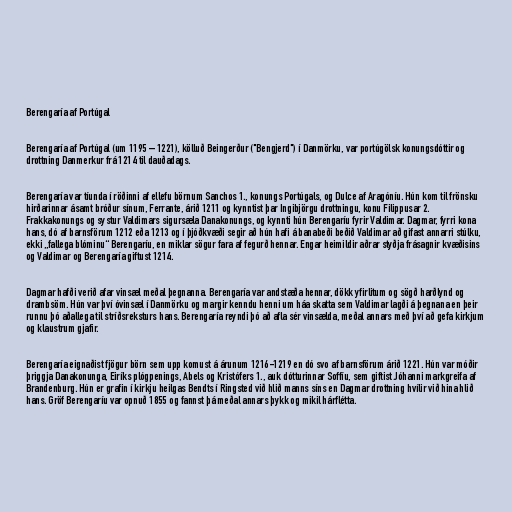
Berengaría af Portúgal

Berengaría af Portúgal (um 1195 – 1221), kölluð Beingerður ("Bengjerd") í Danmörku, var portúgölsk konungsdóttir og
drottning Danmerkur frá 1214 til dauðadags.

Berengaría var tíunda í röðinni af ellefu börnum Sanchos 1., konungs Portúgals, og Dulce af Aragóníu. Hún kom til frönsku
hirðarinnar ásamt bróður sínum, Ferrante, árið 1211 og kynntist þar Ingibjörgu drottningu, konu Filippusar 2.
Frakkakonungs og systur Valdimars sigursæla Danakonungs, og kynnti hún Berengaríu fyrir Valdimar. Dagmar, fyrri kona
hans, dó af barnsförum 1212 eða 1213 og í þjóðkvæði segir að hún hafi á banabeði beðið Valdimar að gifast annarri stúlku,
ekki „fallega blóminu“ Berengaríu, en miklar sögur fara af fegurð hennar. Engar heimildir aðrar styðja frásagnir kvæðisins
og Valdimar og Berengaría giftust 1214.

Dagmar hafði verið afar vinsæl meðal þegnanna. Berengaría var andstæða hennar, dökk yfirlitum og sögð harðlynd og
drambsöm. Hún var því óvinsæl í Danmörku og margir kenndu henni um háa skatta sem Valdimar lagði á þegnana en þeir
runnu þó aðallega til stríðsreksturs hans. Berengaría reyndi þó að afla sér vinsælda, meðal annars með því að gefa kirkjum
og klaustrum gjafir.

Berengaría eignaðist fjögur börn sem upp komust á árunum 1216-1219 en dó svo af barnsförum árið 1221. Hún var móðir
þriggja Danakonunga, Eiríks plógpenings, Abels og Kristófers 1., auk dótturinnar Soffíu, sem giftist Jóhanni markgreifa af
Brandenburg. Hún er grafin í kirkju heilgas Bendts í Ringsted við hlið manns síns en Dagmar drottning hvílir við hina hlið
hans. Gröf Berengaríu var opnuð 1855 og fannst þá meðal annars þykk og mikil hárflétta.